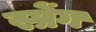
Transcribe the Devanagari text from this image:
स्प्रेंग